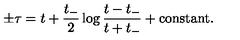
\pm \tau = t + \frac { t _ { - } } { 2 } \log \frac { t - t _ { - } } { t + t _ { - } } + \mathrm { c o n s t a n t } .